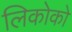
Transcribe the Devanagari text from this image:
लिकोको